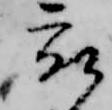
被